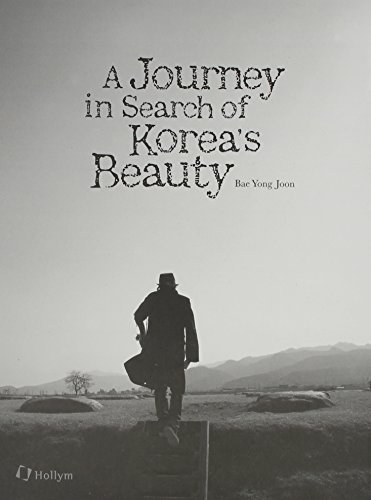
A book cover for A Journey in Search of Korea's Beauty (English Ed.); Bae Yong Joon; History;